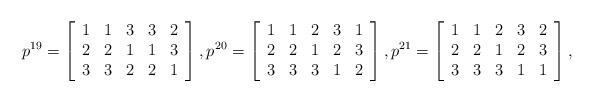
LaTeX: \begin{align*}p^{19}=\left[\begin{array}{ccccc} 1 & 1 & 3 & 3 & 2 \\ 2 & 2 & 1 & 1 & 3 \\ 3 & 3 & 2 & 2 & 1 \\\end{array}\right],p^{20}=\left[\begin{array}{ccccc} 1 & 1 & 2 & 3 & 1 \\ 2 & 2 & 1 & 2 & 3 \\ 3 & 3 & 3 & 1 & 2 \\\end{array}\right],p^{21}=\left[\begin{array}{ccccc} 1 & 1 & 2 & 3 & 2 \\ 2 & 2 & 1 & 2 & 3 \\ 3 & 3 & 3 & 1 & 1 \\\end{array}\right],\end{align*}